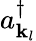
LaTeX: a_{\mathbf{k}_{l}}^{\dagger}